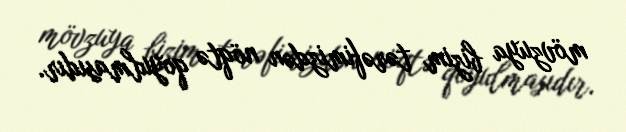
mövzuya bizim tərəfimizdən nöqtə qoyulmasıdır.